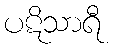
ပဋိသာရီ